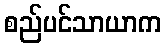
စည်ပင်သာယာက